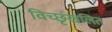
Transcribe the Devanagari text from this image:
विच्छृंखलित